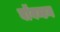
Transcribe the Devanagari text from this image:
बॉयन्टन